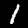
Label: 1